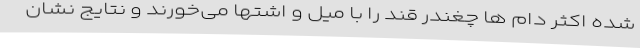
شده اکثر دام ها چغندر قند را با میل و اشتها می‌خورند و نتایج نشان